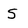
Character: S